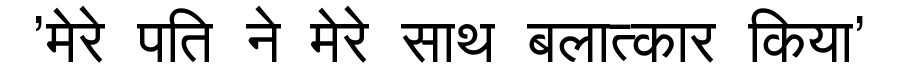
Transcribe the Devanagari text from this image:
'मेरे पति ने मेरे साथ बलात्कार किया'